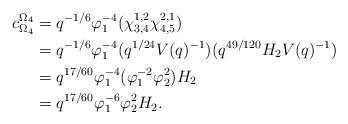
LaTeX: \begin{align*} c_{\Omega_4}^{\Omega_4} &= q^{-1/6}\varphi_1^{-4}(\chi_{3,4}^{1,2}\chi_{4,5}^{2,1})\\ &= q^{-1/6}\varphi_1^{-4}(q^{1/24}V(q)^{-1})(q^{49/120}H_2V(q)^{-1})\\ &= q^{17/60}\varphi_1^{-4}(\varphi_1^{-2}\varphi_2^2)H_2\\ &= q^{17/60}\varphi_1^{-6}\varphi_2^2H_2.\end{align*}